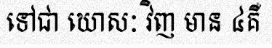
ទៅជា ឃោសៈ វិញ មាន ៤គឺ